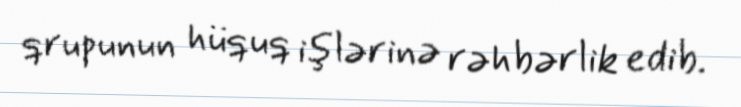
qrupunun hüquq işlərinə rəhbərlik edib.